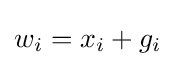
w_{i}=x_{i}+g_{i}